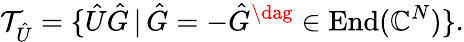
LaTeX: \mathcal{T}_{\hat{U}}=\{ \hat{U}\hat{G}\, |\, \hat{G}=-\hat{G}^{\dag}\in\operatorname{End}(\mathbb{C}^{N})\} .